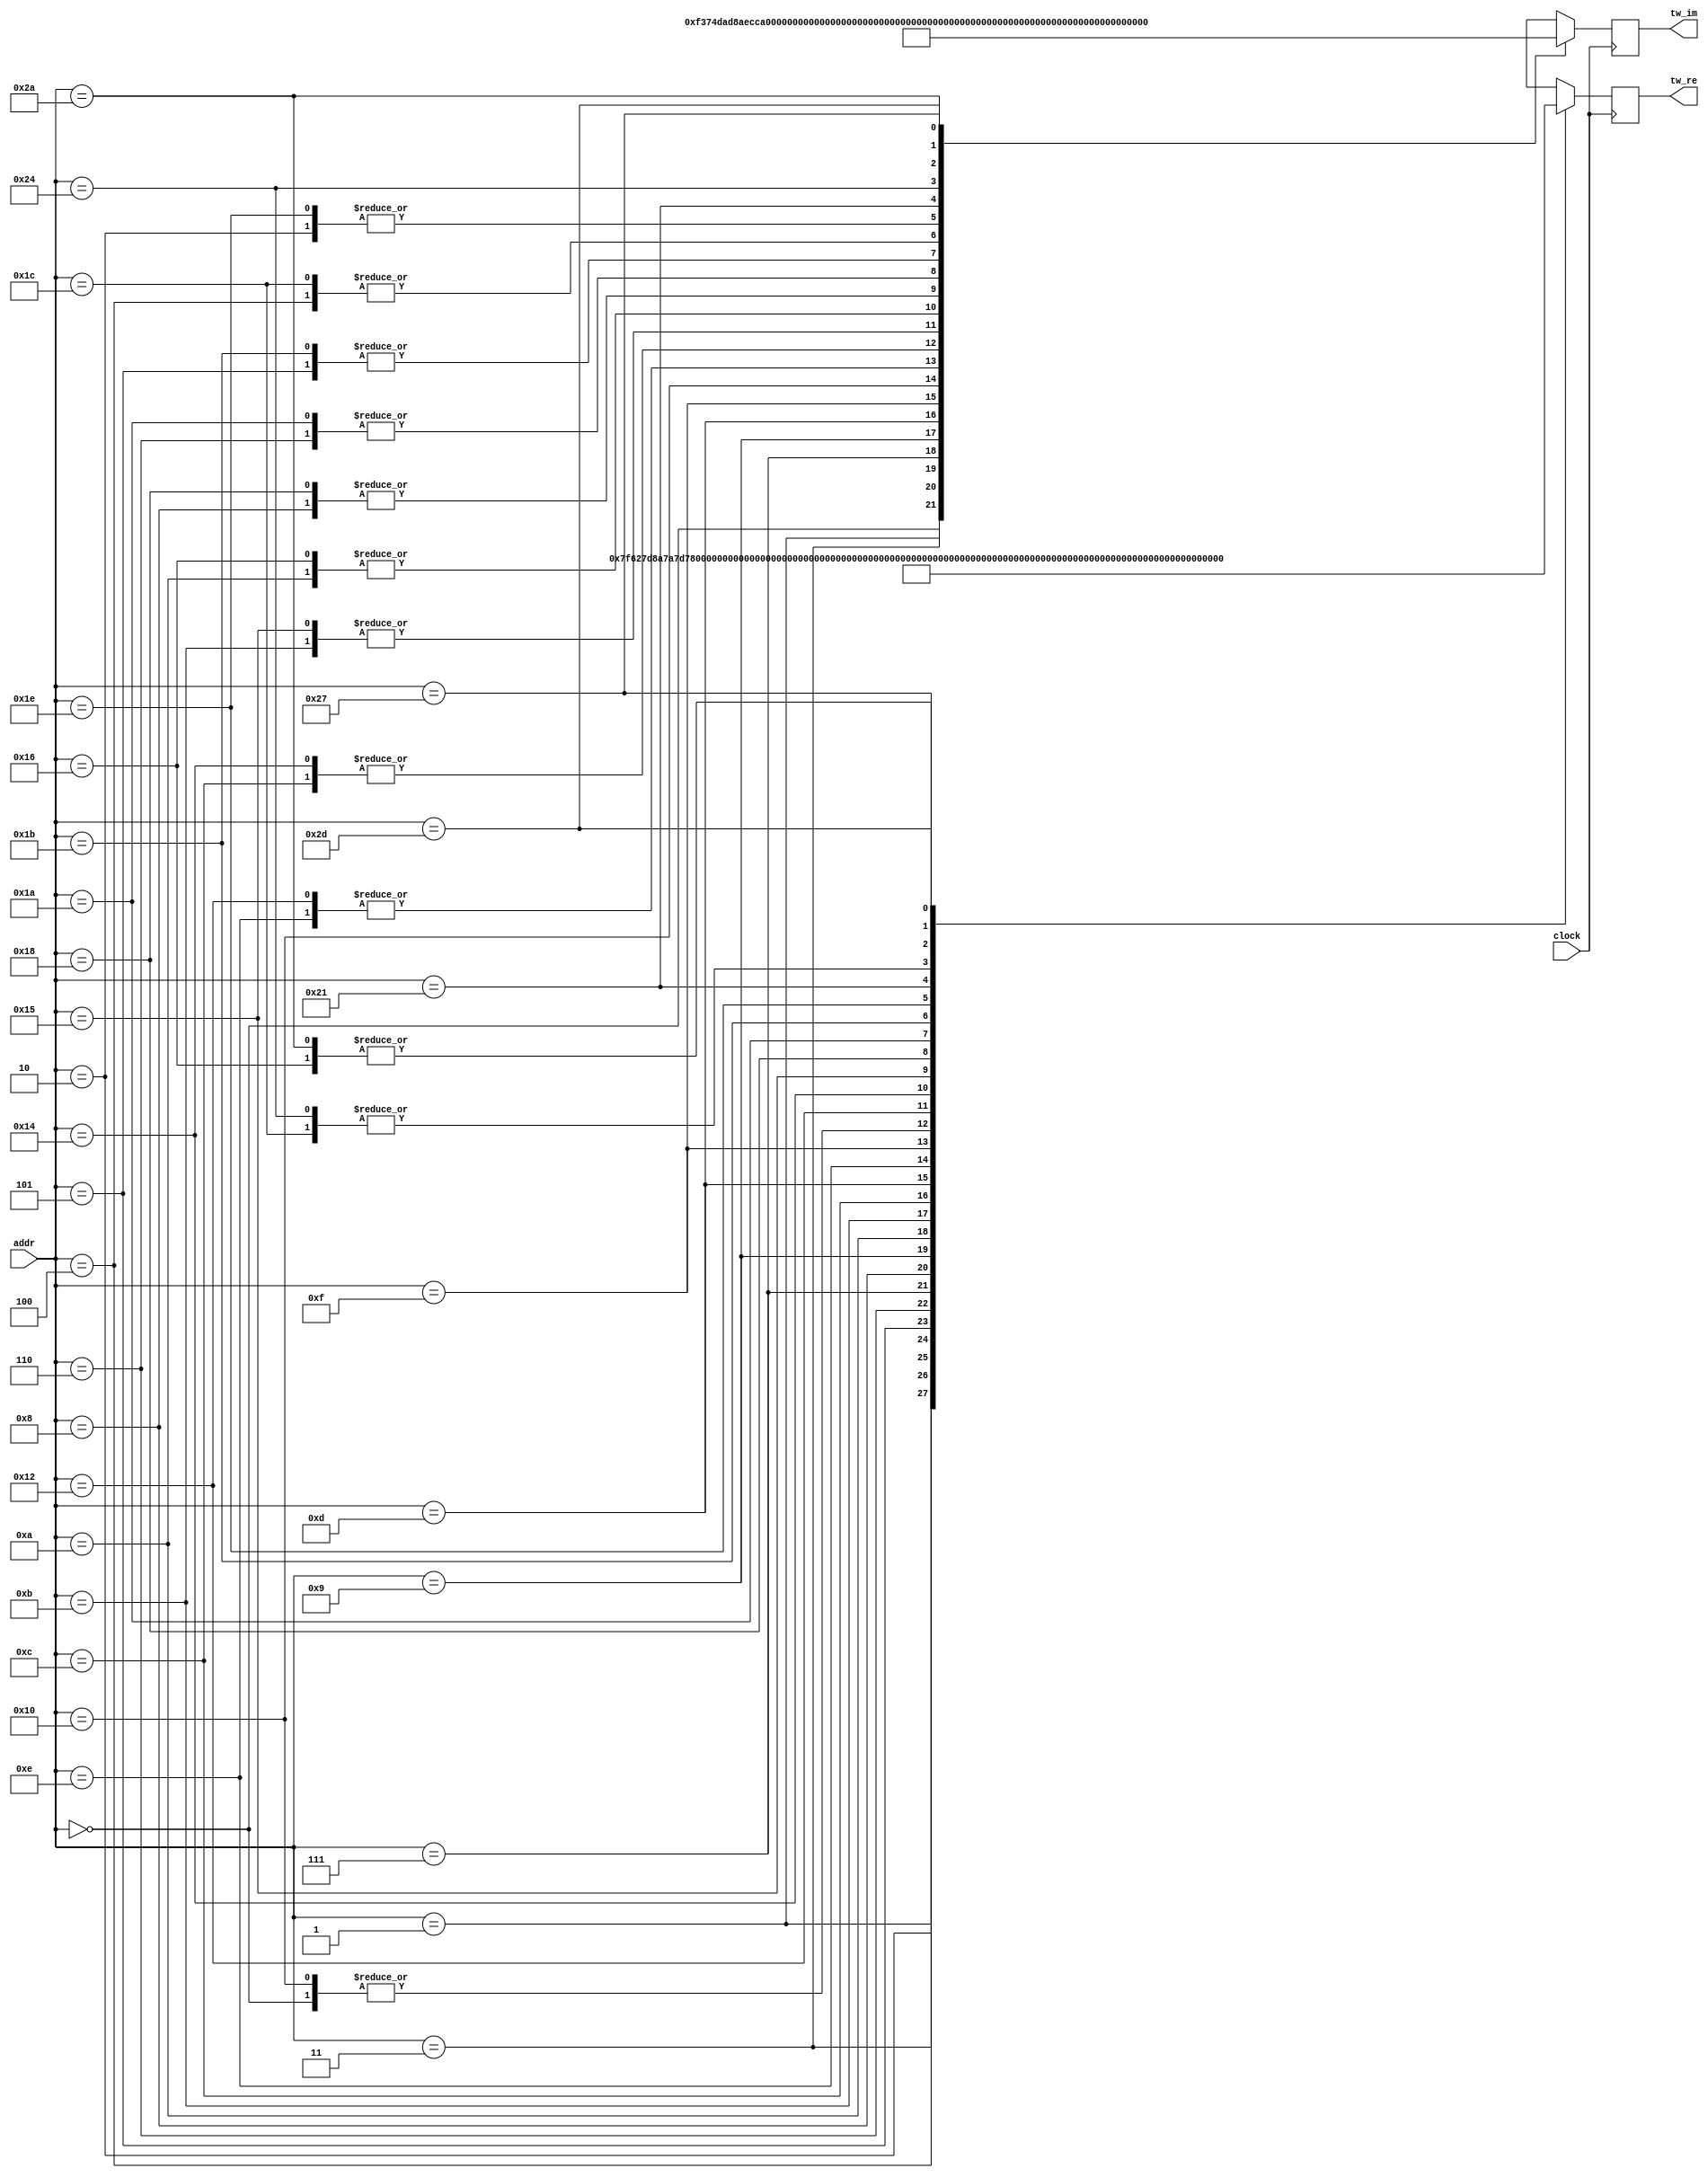
// This program was cloned from: https://github.com/nanamake/r22sdf
// License: MIT License

//----------------------------------------------------------------------
//  Twiddle: 64-Point Twiddle Table for Radix-2^2 Butterfly
//----------------------------------------------------------------------
module Twiddle #(
    parameter   TW_FF = 1   //  Use Output Register
)(
    input           clock,  //  Master Clock
    input   [5:0]   addr,   //  Twiddle Factor Number
    output  [15:0]  tw_re,  //  Twiddle Factor (Real)
    output  [15:0]  tw_im   //  Twiddle Factor (Imag)
);

wire[15:0]  wn_re[0:63];    //  Twiddle Table (Real)
wire[15:0]  wn_im[0:63];    //  Twiddle Table (Imag)
wire[15:0]  mx_re;          //  Multiplexer output (Real)
wire[15:0]  mx_im;          //  Multiplexer output (Imag)
reg [15:0]  ff_re;          //  Register output (Real)
reg [15:0]  ff_im;          //  Register output (Imag)

assign  mx_re = wn_re[addr];
assign  mx_im = wn_im[addr];

always @(posedge clock) begin
    ff_re <= mx_re;
    ff_im <= mx_im;
end

assign  tw_re = TW_FF ? ff_re : mx_re;
assign  tw_im = TW_FF ? ff_im : mx_im;

//----------------------------------------------------------------------
//  Twiddle Factor Value
//----------------------------------------------------------------------
//  Multiplication is bypassed when twiddle address is 0.
//  Setting wn_re[0] = 0 and wn_im[0] = 0 makes it easier to check the waveform.
//  It may also reduce power consumption slightly.
//
//      wn_re = cos(-2pi*n/64)          wn_im = sin(-2pi*n/64)
assign  wn_re[ 0] = 16'h0000;   assign  wn_im[ 0] = 16'h0000;   //  0  1.000 -0.000
assign  wn_re[ 1] = 16'h7F62;   assign  wn_im[ 1] = 16'hF374;   //  1  0.995 -0.098
assign  wn_re[ 2] = 16'h7D8A;   assign  wn_im[ 2] = 16'hE707;   //  2  0.981 -0.195
assign  wn_re[ 3] = 16'h7A7D;   assign  wn_im[ 3] = 16'hDAD8;   //  3  0.957 -0.290
assign  wn_re[ 4] = 16'h7642;   assign  wn_im[ 4] = 16'hCF04;   //  4  0.924 -0.383
assign  wn_re[ 5] = 16'h70E3;   assign  wn_im[ 5] = 16'hC3A9;   //  5  0.882 -0.471
assign  wn_re[ 6] = 16'h6A6E;   assign  wn_im[ 6] = 16'hB8E3;   //  6  0.831 -0.556
assign  wn_re[ 7] = 16'h62F2;   assign  wn_im[ 7] = 16'hAECC;   //  7  0.773 -0.634
assign  wn_re[ 8] = 16'h5A82;   assign  wn_im[ 8] = 16'hA57E;   //  8  0.707 -0.707
assign  wn_re[ 9] = 16'h5134;   assign  wn_im[ 9] = 16'h9D0E;   //  9  0.634 -0.773
assign  wn_re[10] = 16'h471D;   assign  wn_im[10] = 16'h9592;   // 10  0.556 -0.831
assign  wn_re[11] = 16'h3C57;   assign  wn_im[11] = 16'h8F1D;   // 11  0.471 -0.882
assign  wn_re[12] = 16'h30FC;   assign  wn_im[12] = 16'h89BE;   // 12  0.383 -0.924
assign  wn_re[13] = 16'h2528;   assign  wn_im[13] = 16'h8583;   // 13  0.290 -0.957
assign  wn_re[14] = 16'h18F9;   assign  wn_im[14] = 16'h8276;   // 14  0.195 -0.981
assign  wn_re[15] = 16'h0C8C;   assign  wn_im[15] = 16'h809E;   // 15  0.098 -0.995
assign  wn_re[16] = 16'h0000;   assign  wn_im[16] = 16'h8000;   // 16  0.000 -1.000
assign  wn_re[17] = 16'hxxxx;   assign  wn_im[17] = 16'hxxxx;   // 17 -0.098 -0.995
assign  wn_re[18] = 16'hE707;   assign  wn_im[18] = 16'h8276;   // 18 -0.195 -0.981
assign  wn_re[19] = 16'hxxxx;   assign  wn_im[19] = 16'hxxxx;   // 19 -0.290 -0.957
assign  wn_re[20] = 16'hCF04;   assign  wn_im[20] = 16'h89BE;   // 20 -0.383 -0.924
assign  wn_re[21] = 16'hC3A9;   assign  wn_im[21] = 16'h8F1D;   // 21 -0.471 -0.882
assign  wn_re[22] = 16'hB8E3;   assign  wn_im[22] = 16'h9592;   // 22 -0.556 -0.831
assign  wn_re[23] = 16'hxxxx;   assign  wn_im[23] = 16'hxxxx;   // 23 -0.634 -0.773
assign  wn_re[24] = 16'hA57E;   assign  wn_im[24] = 16'hA57E;   // 24 -0.707 -0.707
assign  wn_re[25] = 16'hxxxx;   assign  wn_im[25] = 16'hxxxx;   // 25 -0.773 -0.634
assign  wn_re[26] = 16'h9592;   assign  wn_im[26] = 16'hB8E3;   // 26 -0.831 -0.556
assign  wn_re[27] = 16'h8F1D;   assign  wn_im[27] = 16'hC3A9;   // 27 -0.882 -0.471
assign  wn_re[28] = 16'h89BE;   assign  wn_im[28] = 16'hCF04;   // 28 -0.924 -0.383
assign  wn_re[29] = 16'hxxxx;   assign  wn_im[29] = 16'hxxxx;   // 29 -0.957 -0.290
assign  wn_re[30] = 16'h8276;   assign  wn_im[30] = 16'hE707;   // 30 -0.981 -0.195
assign  wn_re[31] = 16'hxxxx;   assign  wn_im[31] = 16'hxxxx;   // 31 -0.995 -0.098
assign  wn_re[32] = 16'hxxxx;   assign  wn_im[32] = 16'hxxxx;   // 32 -1.000 -0.000
assign  wn_re[33] = 16'h809E;   assign  wn_im[33] = 16'h0C8C;   // 33 -0.995  0.098
assign  wn_re[34] = 16'hxxxx;   assign  wn_im[34] = 16'hxxxx;   // 34 -0.981  0.195
assign  wn_re[35] = 16'hxxxx;   assign  wn_im[35] = 16'hxxxx;   // 35 -0.957  0.290
assign  wn_re[36] = 16'h89BE;   assign  wn_im[36] = 16'h30FC;   // 36 -0.924  0.383
assign  wn_re[37] = 16'hxxxx;   assign  wn_im[37] = 16'hxxxx;   // 37 -0.882  0.471
assign  wn_re[38] = 16'hxxxx;   assign  wn_im[38] = 16'hxxxx;   // 38 -0.831  0.556
assign  wn_re[39] = 16'h9D0E;   assign  wn_im[39] = 16'h5134;   // 39 -0.773  0.634
assign  wn_re[40] = 16'hxxxx;   assign  wn_im[40] = 16'hxxxx;   // 40 -0.707  0.707
assign  wn_re[41] = 16'hxxxx;   assign  wn_im[41] = 16'hxxxx;   // 41 -0.634  0.773
assign  wn_re[42] = 16'hB8E3;   assign  wn_im[42] = 16'h6A6E;   // 42 -0.556  0.831
assign  wn_re[43] = 16'hxxxx;   assign  wn_im[43] = 16'hxxxx;   // 43 -0.471  0.882
assign  wn_re[44] = 16'hxxxx;   assign  wn_im[44] = 16'hxxxx;   // 44 -0.383  0.924
assign  wn_re[45] = 16'hDAD8;   assign  wn_im[45] = 16'h7A7D;   // 45 -0.290  0.957
assign  wn_re[46] = 16'hxxxx;   assign  wn_im[46] = 16'hxxxx;   // 46 -0.195  0.981
assign  wn_re[47] = 16'hxxxx;   assign  wn_im[47] = 16'hxxxx;   // 47 -0.098  0.995
assign  wn_re[48] = 16'hxxxx;   assign  wn_im[48] = 16'hxxxx;   // 48 -0.000  1.000
assign  wn_re[49] = 16'hxxxx;   assign  wn_im[49] = 16'hxxxx;   // 49  0.098  0.995
assign  wn_re[50] = 16'hxxxx;   assign  wn_im[50] = 16'hxxxx;   // 50  0.195  0.981
assign  wn_re[51] = 16'hxxxx;   assign  wn_im[51] = 16'hxxxx;   // 51  0.290  0.957
assign  wn_re[52] = 16'hxxxx;   assign  wn_im[52] = 16'hxxxx;   // 52  0.383  0.924
assign  wn_re[53] = 16'hxxxx;   assign  wn_im[53] = 16'hxxxx;   // 53  0.471  0.882
assign  wn_re[54] = 16'hxxxx;   assign  wn_im[54] = 16'hxxxx;   // 54  0.556  0.831
assign  wn_re[55] = 16'hxxxx;   assign  wn_im[55] = 16'hxxxx;   // 55  0.634  0.773
assign  wn_re[56] = 16'hxxxx;   assign  wn_im[56] = 16'hxxxx;   // 56  0.707  0.707
assign  wn_re[57] = 16'hxxxx;   assign  wn_im[57] = 16'hxxxx;   // 57  0.773  0.634
assign  wn_re[58] = 16'hxxxx;   assign  wn_im[58] = 16'hxxxx;   // 58  0.831  0.556
assign  wn_re[59] = 16'hxxxx;   assign  wn_im[59] = 16'hxxxx;   // 59  0.882  0.471
assign  wn_re[60] = 16'hxxxx;   assign  wn_im[60] = 16'hxxxx;   // 60  0.924  0.383
assign  wn_re[61] = 16'hxxxx;   assign  wn_im[61] = 16'hxxxx;   // 61  0.957  0.290
assign  wn_re[62] = 16'hxxxx;   assign  wn_im[62] = 16'hxxxx;   // 62  0.981  0.195
assign  wn_re[63] = 16'hxxxx;   assign  wn_im[63] = 16'hxxxx;   // 63  0.995  0.098

endmodule